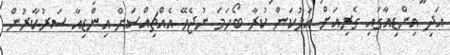
އަދި އިންޑިއާގައި ގެރިއަށް އަޅުކަން ކުރާ ބޯހަމަ ނުޖެހޭ އެއްޗިއްސަށް އިންޑިއާ ސަރުކާރުން